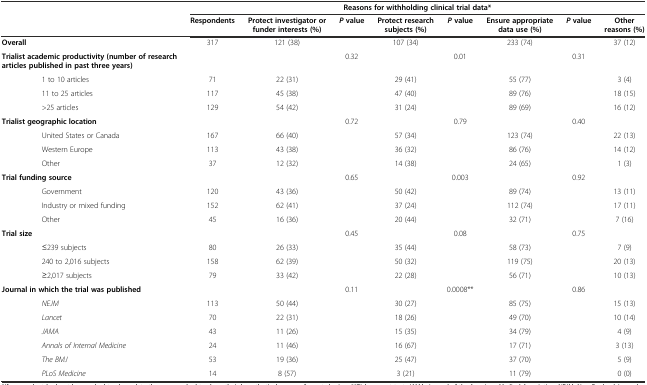
<table><thead><tr><td></td><td colspan="8"><b>Reasons for withholding clinical trial data*</b></td></tr><tr><td></td><td><b>Respondents</b></td><td><b>Protect investigator or funder interests (%)</b></td><td><b><i>P</i>value</b></td><td><b>Protect research subjects (%)</b></td><td><b><i>P</i>value</b></td><td><b>Ensure appropriate data use (%)</b></td><td><b><i>P</i>value</b></td><td><b>Other reasons (%)</b></td></tr></thead><tbody><tr><td><b>Overall</b></td><td>317</td><td>121 (38)</td><td></td><td>107 (34)</td><td></td><td>233 (74)</td><td></td><td>37 (12)</td></tr><tr><td><b>Trialist academic productivity (number of research articles published in past three years)</b></td><td></td><td></td><td>0.32</td><td></td><td>0.01</td><td></td><td>0.31</td><td></td></tr><tr><td>1 to 10 articles</td><td>71</td><td>22 (31)</td><td rowspan="3"></td><td>29 (41)</td><td rowspan="3"></td><td>55 (77)</td><td rowspan="3"></td><td>3 (4)</td></tr><tr><td>11 to 25 articles</td><td>117</td><td>45 (38)</td><td>47 (40)</td><td>89 (76)</td><td>18 (15)</td></tr><tr><td>&gt;25 articles</td><td>129</td><td>54 (42)</td><td>31 (24)</td><td>89 (69)</td><td>16 (12)</td></tr><tr><td><b>Trialist geographic location</b></td><td></td><td></td><td>0.72</td><td></td><td>0.79</td><td></td><td>0.40</td><td></td></tr><tr><td>United States or Canada</td><td>167</td><td>66 (40)</td><td rowspan="3"></td><td>57 (34)</td><td rowspan="3"></td><td>123 (74)</td><td rowspan="3"></td><td>22 (13)</td></tr><tr><td>Western Europe</td><td>113</td><td>43 (38)</td><td>36 (32)</td><td>86 (76)</td><td>14 (12)</td></tr><tr><td>Other</td><td>37</td><td>12 (32)</td><td>14 (38)</td><td>24 (65)</td><td>1 (3)</td></tr><tr><td><b>Trial funding source</b></td><td></td><td></td><td>0.65</td><td></td><td>0.003</td><td></td><td>0.92</td><td></td></tr><tr><td>Government</td><td>120</td><td>43 (36)</td><td rowspan="3"></td><td>50 (42)</td><td rowspan="3"></td><td>89 (74)</td><td rowspan="3"></td><td>13 (11)</td></tr><tr><td>Industry or mixed funding</td><td>152</td><td>62 (41)</td><td>37 (24)</td><td>112 (74)</td><td>17 (11)</td></tr><tr><td>Other</td><td>45</td><td>16 (36)</td><td>20 (44)</td><td>32 (71)</td><td>7 (16)</td></tr><tr><td><b>Trial size</b></td><td></td><td></td><td>0.45</td><td></td><td>0.08</td><td></td><td>0.75</td><td></td></tr><tr><td>≤239 subjects</td><td>80</td><td>26 (33)</td><td rowspan="3"></td><td>35 (44)</td><td rowspan="3"></td><td>58 (73)</td><td rowspan="3"></td><td>7 (9)</td></tr><tr><td>240 to 2,016 subjects</td><td>158</td><td>62 (39)</td><td>50 (32)</td><td>119 (75)</td><td>20 (13)</td></tr><tr><td>≥2,017 subjects</td><td>79</td><td>33 (42)</td><td>22 (28)</td><td>56 (71)</td><td>10 (13)</td></tr><tr><td><b>Journal in which the trial was published</b></td><td></td><td></td><td>0.11</td><td></td><td>0.0008**</td><td></td><td>0.86</td><td></td></tr><tr><td><i>NEJM</i></td><td>113</td><td>50 (44)</td><td rowspan="5"></td><td>30 (27)</td><td rowspan="5"></td><td>85 (75)</td><td rowspan="5"></td><td>15 (13)</td></tr><tr><td><i>Lancet</i></td><td>70</td><td>22 (31)</td><td>18 (26)</td><td>49 (70)</td><td>10 (14)</td></tr><tr><td><i>JAMA</i></td><td>43</td><td>11 (26)</td><td>15 (35)</td><td>34 (79)</td><td>4 (9)</td></tr><tr><td><i>Annals of Internal Medicine</i></td><td>24</td><td>11 (46)</td><td>16 (67)</td><td>17 (71)</td><td>3 (13)</td></tr><tr><td><i>The BMJ</i></td><td>53</td><td>19 (36)</td><td>25 (47)</td><td>37 (70)</td><td>5 (9)</td></tr><tr><td><i>PLoS Medicine</i></td><td>14</td><td>8 (57)</td><td></td><td>3 (21)</td><td></td><td>11 (79)</td><td></td><td>0 (0)</td></tr></tbody></table>